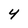
Character: 4